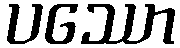
ပဿော